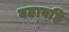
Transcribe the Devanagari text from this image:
बढ़ावहिं